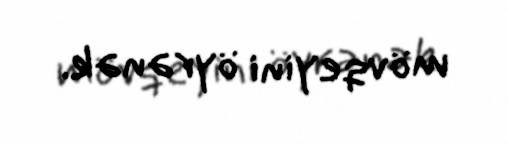
mövqeyini öyrənək.